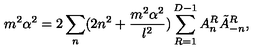
m ^ { 2 } \alpha ^ { 2 } = 2 \sum _ { n } ( 2 n ^ { 2 } + \frac { m ^ { 2 } \alpha ^ { 2 } } { l ^ { 2 } } ) \sum _ { R = 1 } ^ { D - 1 } A _ { n } ^ { R } \tilde { A } _ { - n } ^ { R } ,